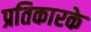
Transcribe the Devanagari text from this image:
प्रतिकारके